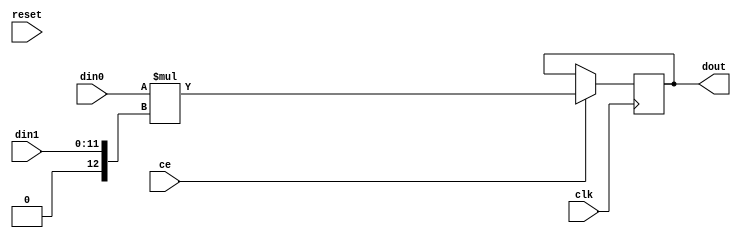
// 67d7842dbbe25473c3c32b93c0da8047785f30d78e8a024de1b57352245f9689
// ==============================================================
// Vitis HLS - High-Level Synthesis from C, C++ and OpenCL v2020.2 (64-bit)
// Copyright 1986-2020 Xilinx, Inc. All Rights Reserved.
// ==============================================================

`timescale 1 ns / 1 ps

module nnlayer_mul_48s_50ns_97_2_1(clk, ce, reset, din0, din1, dout);
parameter ID = 1;
parameter NUM_STAGE = 1;
parameter din0_WIDTH = 14;
parameter din1_WIDTH = 12;
parameter dout_WIDTH = 26;
input clk;
input ce;
input reset;
input signed [din0_WIDTH - 1 : 0] din0;
input [din1_WIDTH - 1 : 0] din1;
output[dout_WIDTH - 1 : 0] dout;
reg signed [dout_WIDTH - 1 : 0] dout;
wire signed [dout_WIDTH - 1 : 0] tmp_product;

assign tmp_product = $signed(din0) * $signed({1'b0, din1});
always @ (posedge clk) begin
    if (ce) begin
        dout <= tmp_product;
    end
end
endmodule